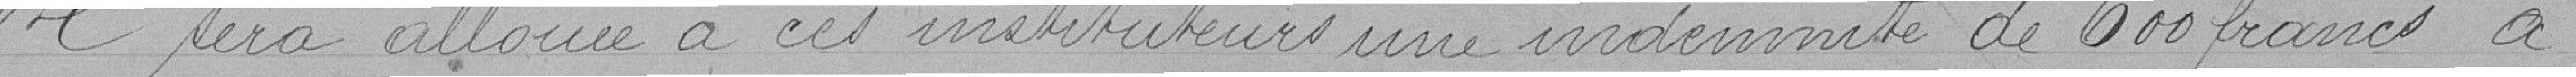
Il sera allouée à ces institutrices une indemnité de 600 francs à